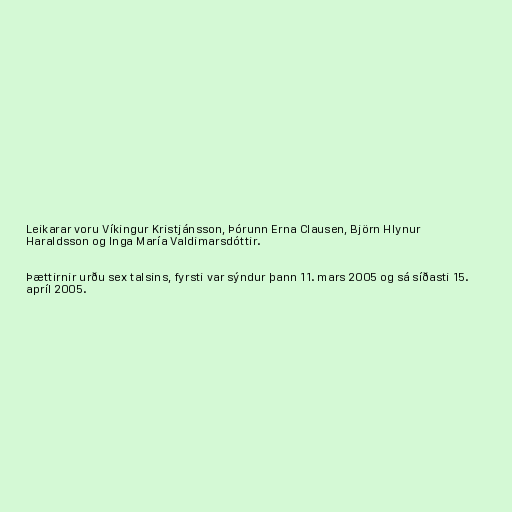
Leikarar voru Víkingur Kristjánsson, Þórunn Erna Clausen, Björn Hlynur
Haraldsson og Inga María Valdimarsdóttir.

Þættirnir urðu sex talsins, fyrsti var sýndur þann 11. mars 2005 og sá síðasti 15.
apríl 2005.